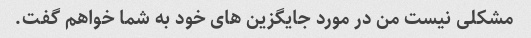
مشکلی نیست من در مورد جایگزین های خود به شما خواهم گفت.